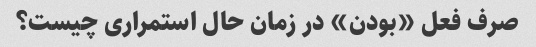
صرف فعل «بودن» در زمان حال استمراری چیست؟